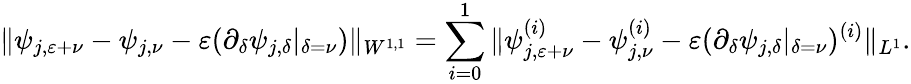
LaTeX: \Vert\psi_{j,{\varepsilon}+\nu}-\psi_{j,\nu}-{\varepsilon}(\partial_{\delta}\psi_{j,\delta}|_{\delta=\nu})\Vert_{W^{1,1}}=\sum_{i=0}^{1}\Vert\psi_{j,{\varepsilon}+\nu}^{(i)}-\psi_{j,\nu}^{(i)}-{\varepsilon}(\partial_{\delta}\psi_{j,\delta}|_{\delta=\nu})^{(i)}\Vert_{L^{1}}.